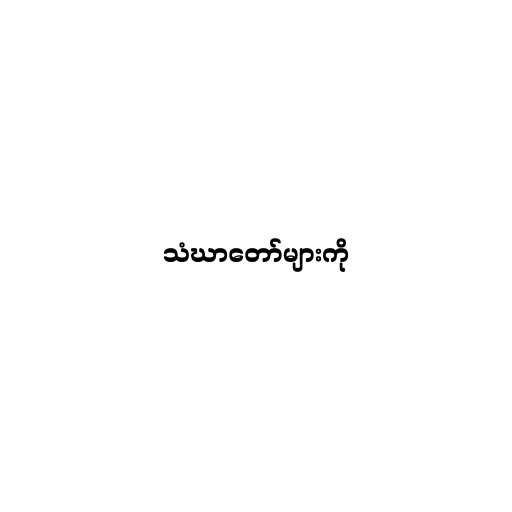
သံဃာတော်များကို